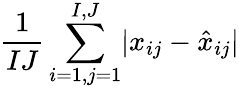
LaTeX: \frac{1}{IJ}\sum_{i=1,j=1}^{I,J}\lvert x_{ij}-\hat{x}_{ij}\rvert